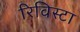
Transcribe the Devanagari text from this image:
रिविस्टा